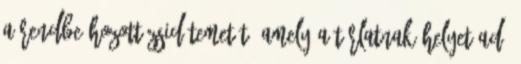
a rendbe hozott zsidótemetőt, amely a tárlatnak helyet adó